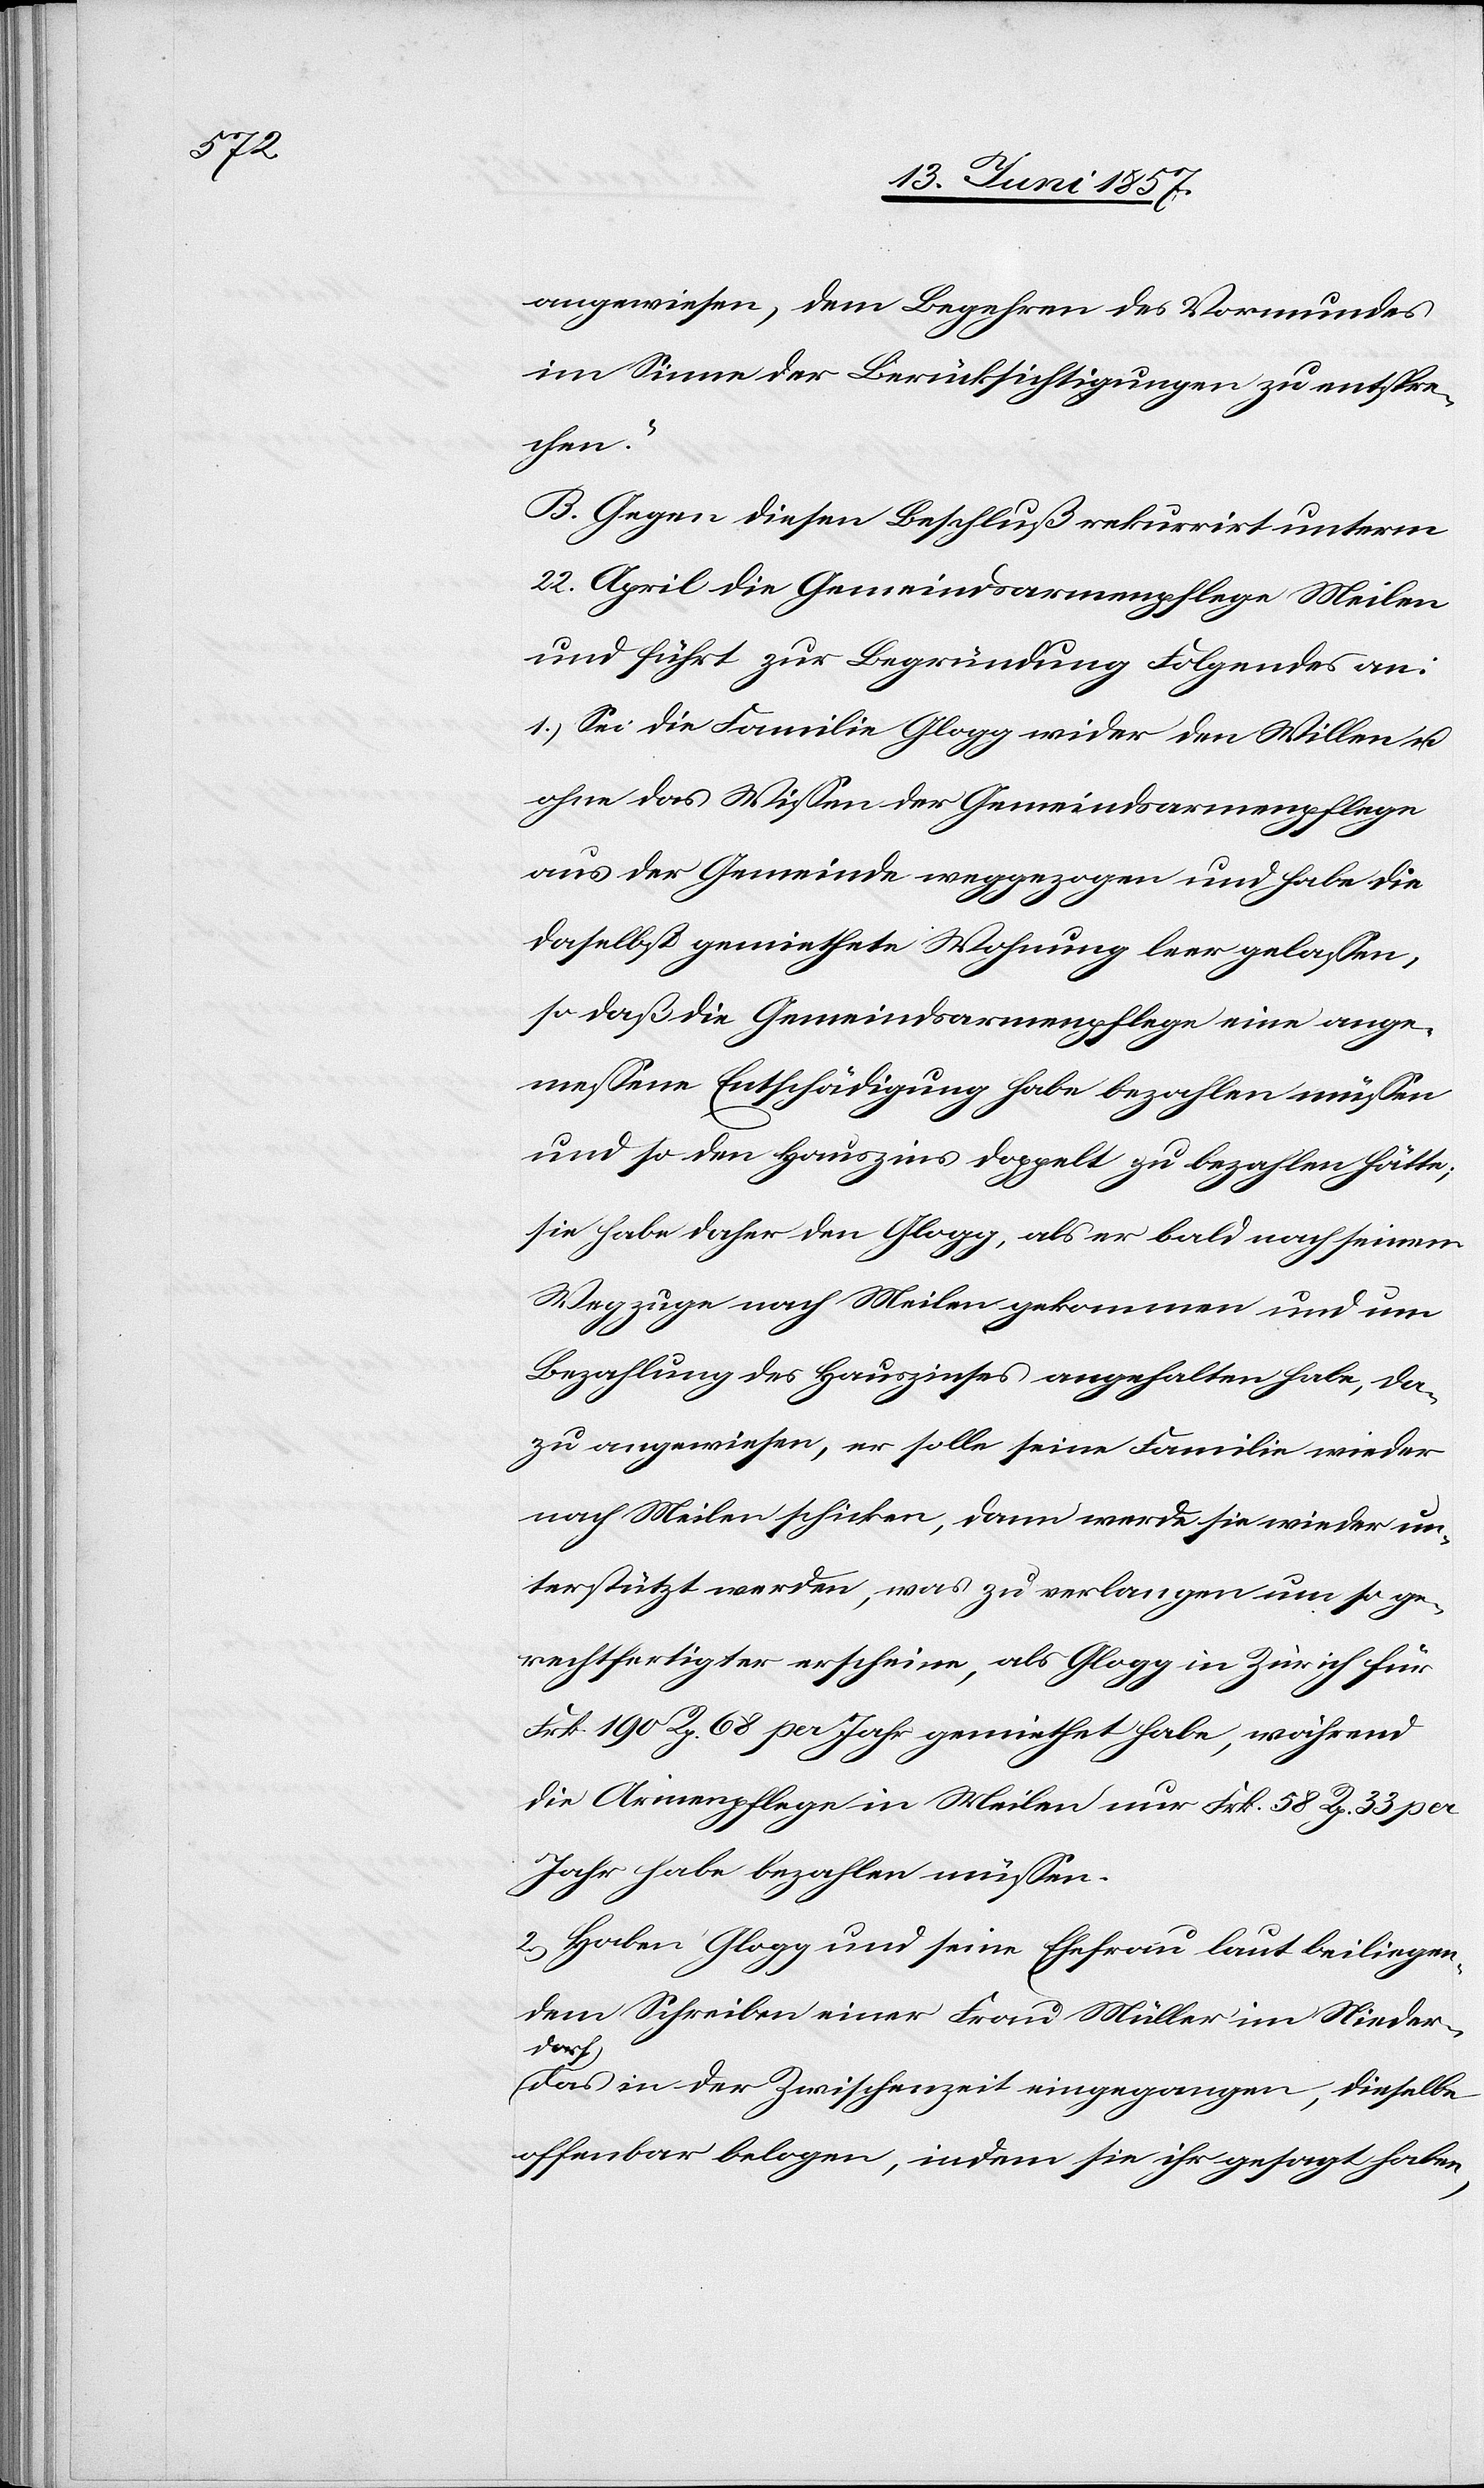
angewiesen, dem Begehren des Vormundes
im Sinne der Berücksichtigungen zu entspre¬
chen.“
B. Gegen diesen Beschluß rekurrirt unterm
22 April die Gemeindsarmenpflege Meilen
und führt zur Begründung Folgendes an:
1.) Sei die Familie Glogg wider den Willen &
ohne das Wissen der Gemeindsarmenpflege
aus der Gemeinde weggezogen und habe die
daselbst gemiethete Wohnung leer gelassen,
so daß die Gemeindsarmenpflege eine ange¬
messene Entschädigung habe bezahlen müssen
und so den Hauszins doppelt zu bezahlen hätte;
sie habe daher den Glogg, als er bald nach seinem
Wegzuge nach Meilen gekommen und um
Bezahlung des Hauszinses angehalten habe, da¬
zu angewiesen, er solle seine Familie wieder
nach Meilen schicken, dann werde sie wieder un¬
terstützt werden, was zu verlangen um so ge¬
rechtfertigter erscheine, als Glogg in Zürich für
Frk. 190 Rp. 68 pro Jahr gemiethet habe, während
die Armenpflege in Meilen nur Frk. 58 Rp. 33 pro
Jahr habe bezahlen müssen.
2.) Haben Glogg und seine Ehefrau laut beiliegen¬
dem Schreiben einer Frau Müller im Nieder¬
dorf
das in der Zwischenzeit eingegangen, dieselbe
offenbar belogen, indem sie ihr gesagt haben,